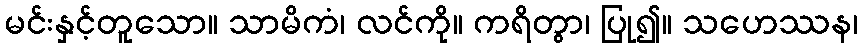
မင်းနှင့်တူသော။ သာမိကံ၊ လင်ကို။ ကရိတွာ၊ ပြု၍။ သဟေဿန၊